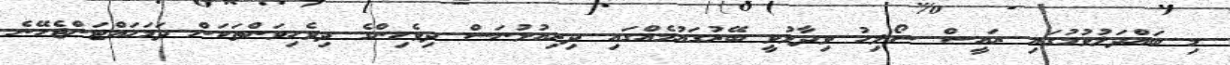
މި ބައްދަލުވުމުގައި ރައީސް ސޯލިހު ވިދާޅުވީ ބޭރުގައުމެއްގައި ދިރިއުޅުނަސް ދިވެހިންގެ ދިވެހިވަންތަކަން ދަމަހައްޓަންޖެހޭނެ